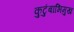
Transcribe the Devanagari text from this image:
कुटुंबाभिमुख